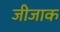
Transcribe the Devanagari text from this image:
जीजाक